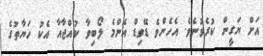
އަށް ޔަގީން ކުރެވުނެވެ. އެހެންވެ ޑޭވިޑް އެންމެ ލޯބިވާ ކުއްޖާއާ އެކު ހަޔާތުގެ